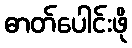
ဓာတ်ပေါင်းဖို